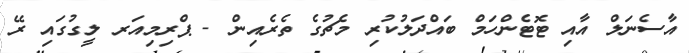
އާސެނަލް އާއި ޓޮޓެންހަމް ބައްދަލުކުރި މެޗުގެ ތެރެއިން - ޕްރިމިއަރ ލީގުގައި ރޭ